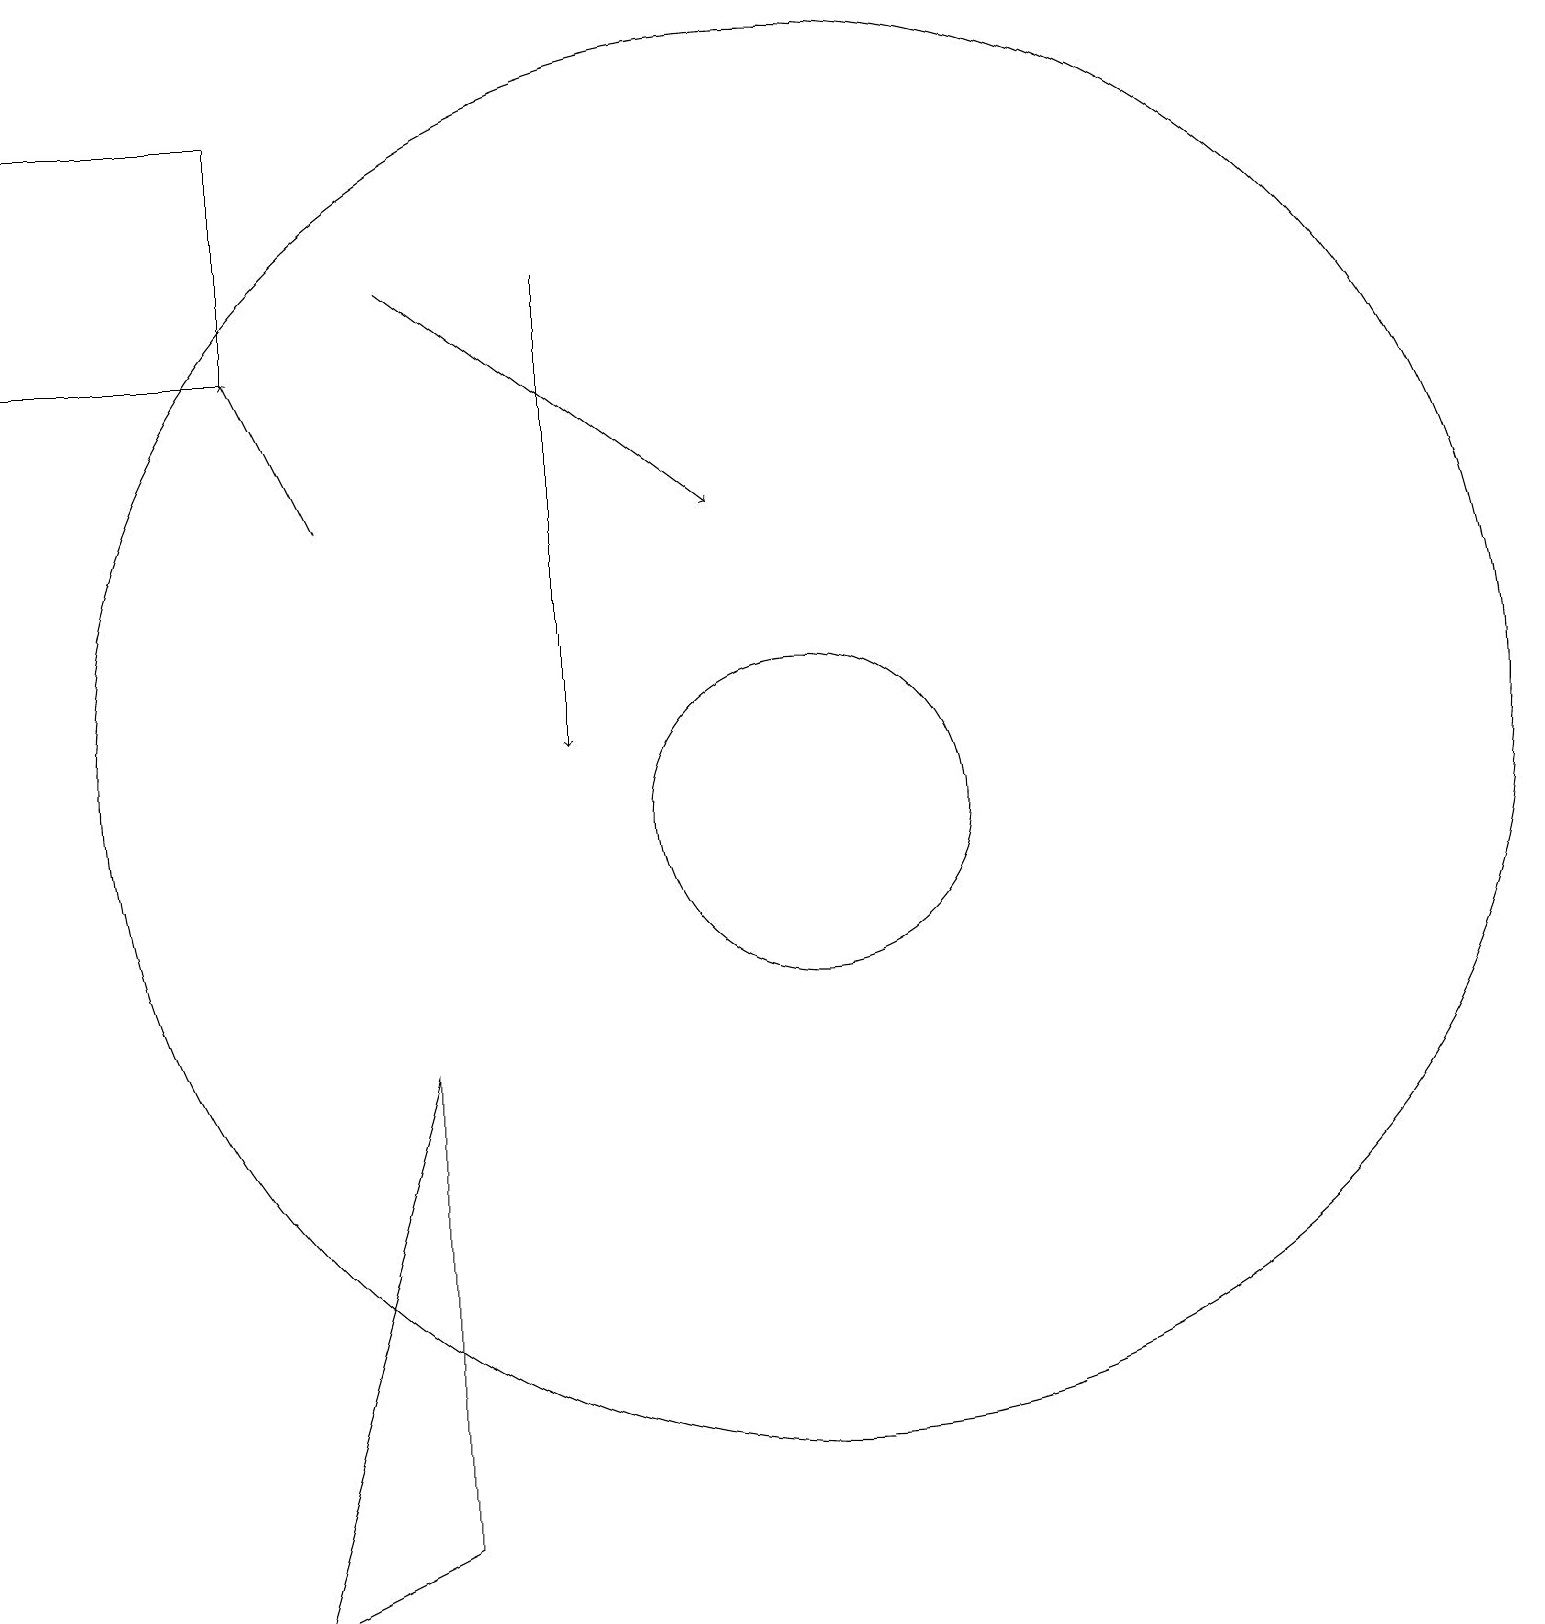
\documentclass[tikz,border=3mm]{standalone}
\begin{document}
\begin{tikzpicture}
\draw (5,1) -- (5,7) -- (3,0) -- cycle;
\draw[->] (4,14) -- (3,16);
\draw (10,10) circle (2);
\draw[->] (7,17) -- (7,11);
\draw[->] (5,17) -- (9,14);
\draw (10,11) circle (9);
\draw (3,16) rectangle (0,19);
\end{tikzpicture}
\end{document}